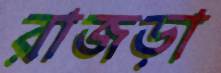
রাজড়া